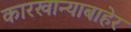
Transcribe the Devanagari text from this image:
कारखान्याबाहेर